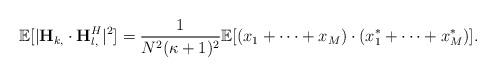
LaTeX: \begin{align*}\mathbb{E}[|\mathbf{H}_{k,} \cdot \mathbf{H}_{l,}^H|^2] &= \frac{1}{N^2(\kappa+1)^2} \mathbb{E}[(x_1+\cdots+x_M)\cdot (x^*_1+\cdots+x^*_M)].\end{align*}